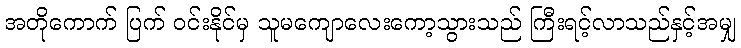
အတိုကောက် ပြက် ဝင်းနိုင်မှ သူမကျောလေးကော့သွားသည် ကြီးရင့်လာသည်နှင့်အမျှ